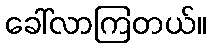
ခေါ်လာကြတယ်။